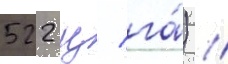
522 ц/ га́) //